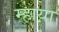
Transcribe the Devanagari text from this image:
म्हाया